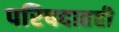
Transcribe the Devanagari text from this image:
परिषदातही